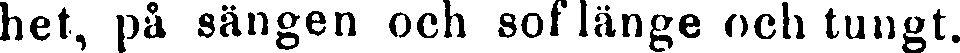
het, på sängen och sof länge och tungt.